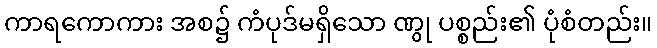
ကာရကောကား အစ၌ ကံပုဒ်မရှိသော ဏွု ပစ္စည်း၏ ပုံစံတည်း။